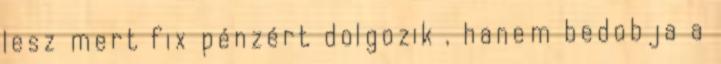
lesz mert fix pénzért dolgozik , hanem bedobja a